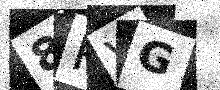
Text: 8PVG